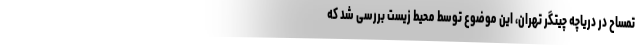
تمساح در دریاچه چیتگر تهران، این موضوع توسط محیط زیست بررسی شد که